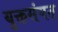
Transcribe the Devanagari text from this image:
युक्तसंगत